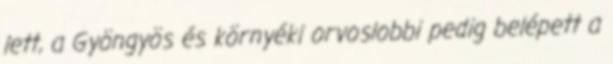
lett, a Gyöngyös és környéki orvoslobbi pedig belépett a